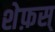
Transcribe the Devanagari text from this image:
शेफ़स्